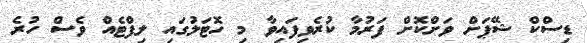
ޑިސްކް ޝޭޕަށް ވަށްކޮށް ފަރުމާ ކުރެވިފައިވާ މި ހޮޓަލުގައި ލިފްޓެއް ވެސް ހުރެ